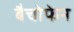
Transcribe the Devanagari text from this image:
बैचोफेन